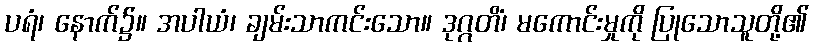
ပရံ၊ နောက်၌။ အပါယံ၊ ချမ်းသာကင်းသော။ ဒုဂ္ဂတိံ၊ မကောင်းမှုကို ပြုသောသူတို့၏